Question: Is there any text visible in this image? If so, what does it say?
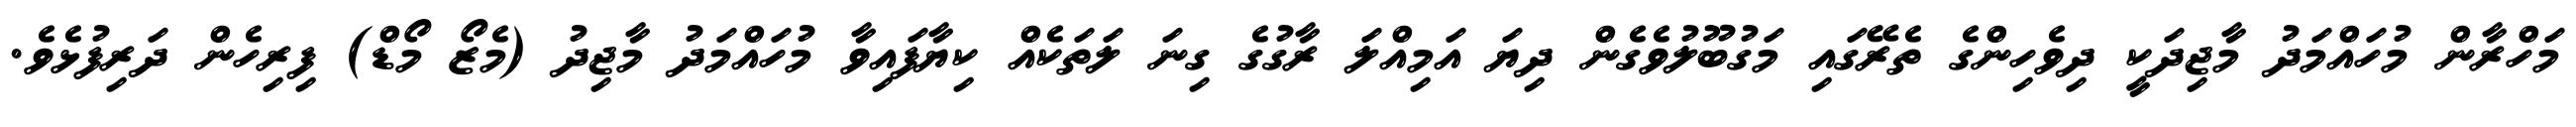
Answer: މަހްރާން މުހައްމަދު މާޖިދަކީ ދިވެހިންގެ ތެރޭގައި މަގުބޫލުވެގެން ދިޔަ އަމިއްލަ ރާގުގެ ގިނަ ލަތަކެއް ކިޔާފައިވާ މުހައްމަދު މާޖިދު (މެޒޯ މޯޑް) ފިރިހެން ދަރިފުޅެވެ.